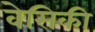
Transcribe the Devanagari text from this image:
वेसिकी